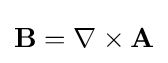
\mathbf {B} =\mathbf {\nabla } \times \mathbf {A}